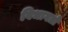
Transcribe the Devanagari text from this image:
विभागतो